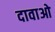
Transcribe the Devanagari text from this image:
दावाओ